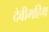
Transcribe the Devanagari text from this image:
देवीमहिम्र